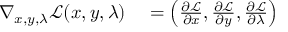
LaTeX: \begin{array} { r l } { \nabla _ { x , y , \lambda } { \mathcal { L } } ( x , y , \lambda ) } & { { } = \left( { \frac { \partial { \mathcal { L } } } { \partial x } } , { \frac { \partial { \mathcal { L } } } { \partial y } } , { \frac { \partial { \mathcal { L } } } { \partial \lambda } } \right) } \end{array}